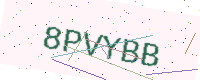
Text: 8PVYBB